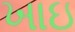
ખાઇ